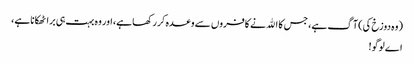
(وہ دوزخ کی) آگ ہے، جس کا اﷲ نے کافروں سے وعدہ کر رکھا ہے، اور وہ بہت ہی برا ٹھکانا ہے،
اے لوگو!